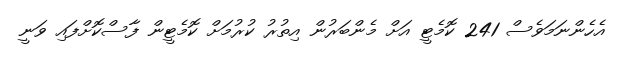
އެހެންނަމަވެސް 241 ކޮމެޓީ އަށް މެންބަރުން އިތުރު ކުރުމަށް ކޮމެޓީން ފާސްކޮށްފައި ވަނީ